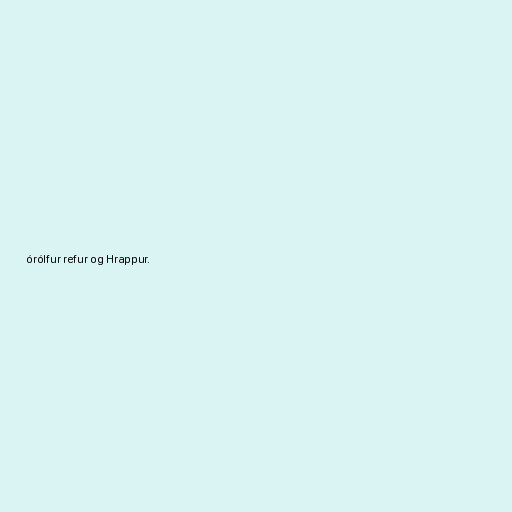
órólfur refur og Hrappur.